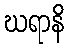
ဃရာနိ